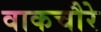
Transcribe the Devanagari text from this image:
वाकचौरे